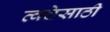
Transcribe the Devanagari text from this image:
त्वचेसाठी